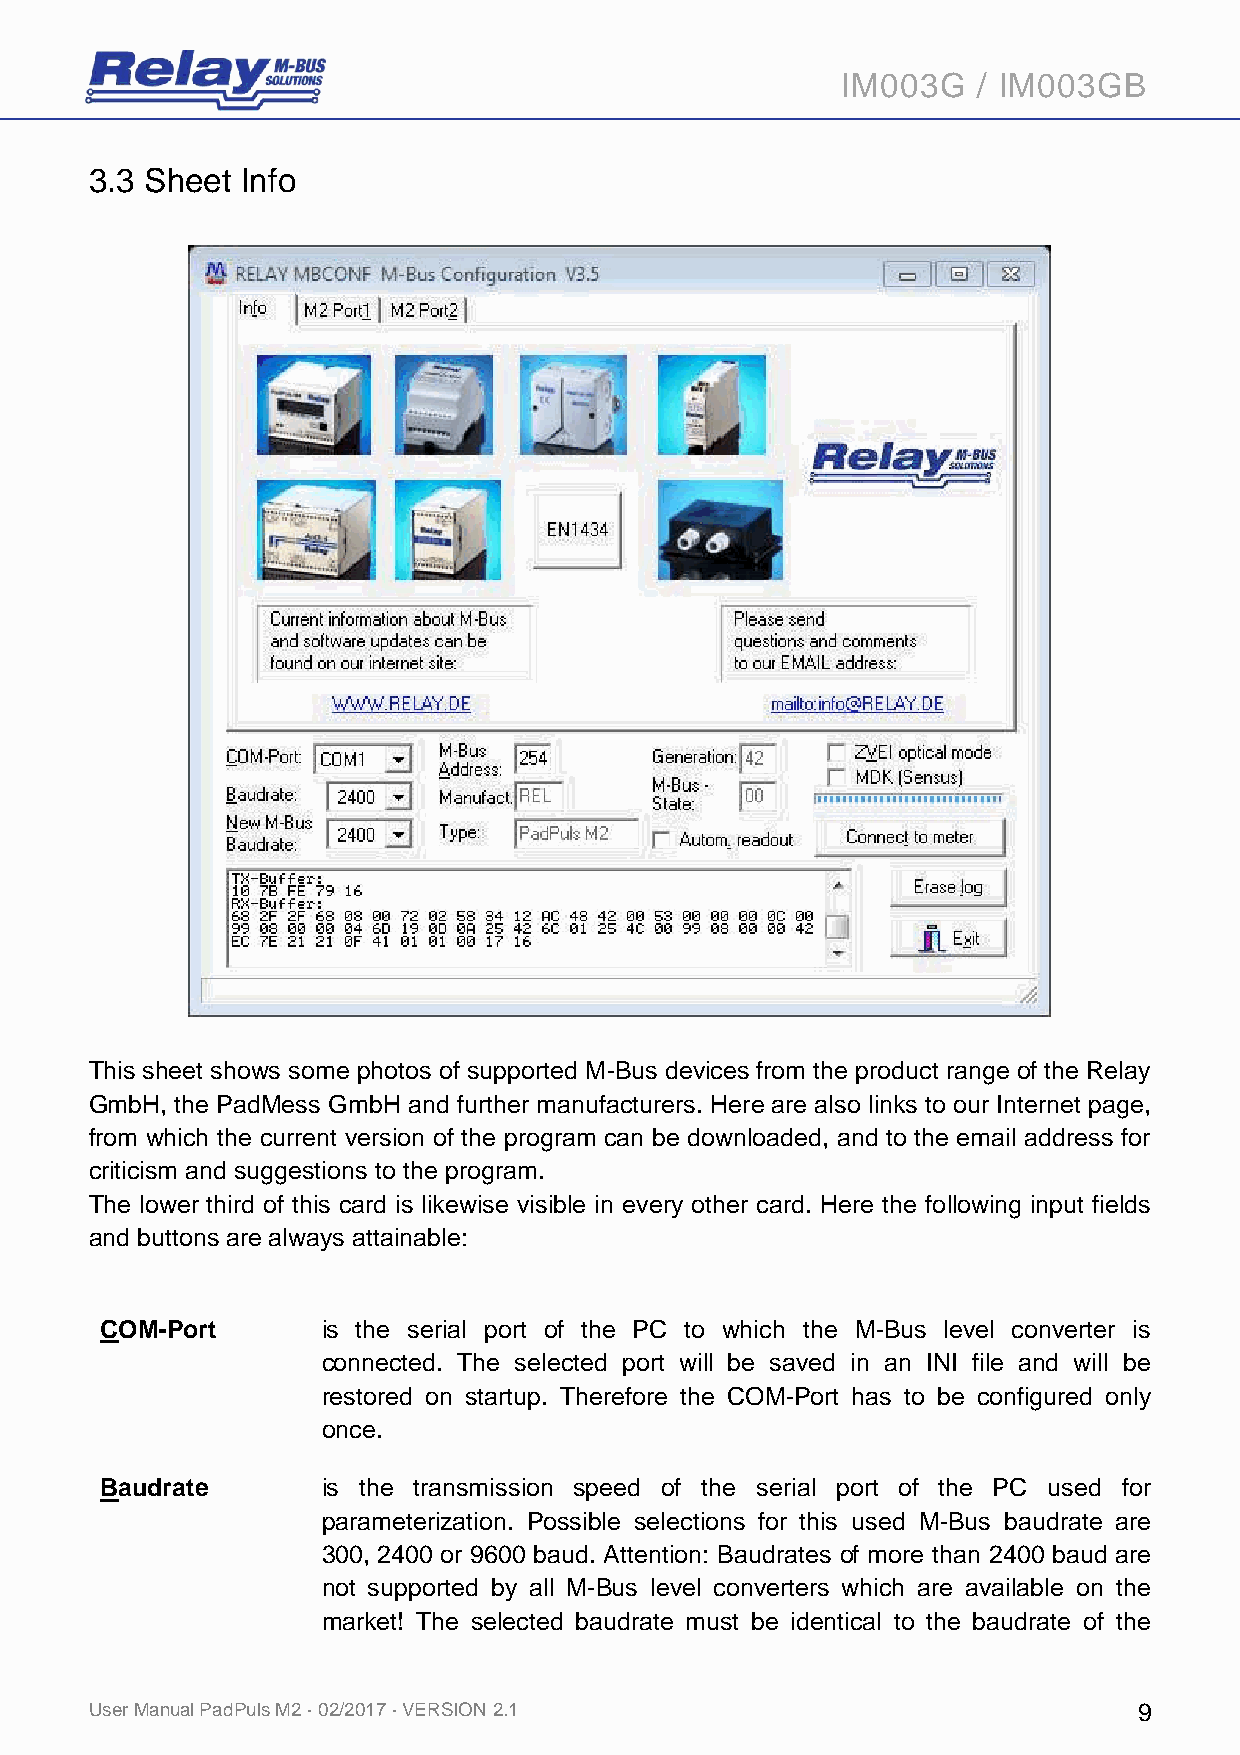
IM003G   / IM003GB
 3.3 Sheet Info
 This sheet shows some photos of supported M-Bus devices from the product range of the Relay
 GmbH, the PadMess GmbH and further manufacturers. Here are also links to our Internet page,
 from which the current version of the program can be downloaded, and to the email address for
 criticism and suggestions to the program.
 The lower third of this card is likewise visible in every other card. Here the following input fields
 and buttons are always attainable:
 COM-Port      is the serial port of the PC to which the M-Bus level converter is
 connected. The selected port will be saved in an INI file and will be
 restored on startup. Therefore the COM-Port has to be configured only
 once.
 Baudrate      is the transmission speed of the serial port of the PC used for
 parameterization. Possible selections for this used M-Bus baudrate are
 300, 2400 or 9600 baud. Attention: Baudrates of more than 2400 baud are
 not supported by all M-Bus level converters which are available on the
 market! The selected baudrate must be identical to the baudrate of the
 User Manual PadPuls M2 · 02/2017 · VERSION 2.1                       9